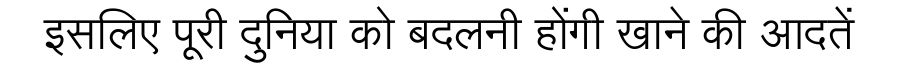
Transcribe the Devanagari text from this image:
इसलिए पूरी दुनिया को बदलनी होंगी खाने की आदतें